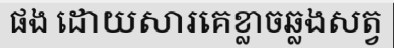
ផង ដោយសារគេខ្លាចឆ្លងសត្វ